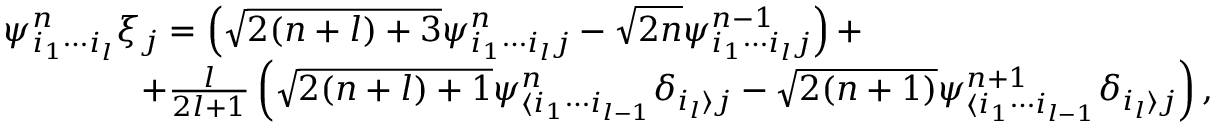
\begin{array} { r l } & { \psi _ { i _ { 1 } \cdots i _ { l } } ^ { n } \xi _ { j } = \left( \sqrt { 2 ( n + l ) + 3 } \psi _ { i _ { 1 } \cdots i _ { l } j } ^ { n } - \sqrt { 2 n } \psi _ { i _ { 1 } \cdots i _ { l } j } ^ { n - 1 } \right) + } \\ & { \qquad \qquad + \frac { l } { 2 l + 1 } \left( \sqrt { 2 ( n + l ) + 1 } \psi _ { \langle i _ { 1 } \cdots i _ { l - 1 } } ^ { n } \delta _ { i _ { l } \rangle j } - \sqrt { 2 ( n + 1 ) } \psi _ { \langle i _ { 1 } \cdots i _ { l - 1 } } ^ { n + 1 } \delta _ { i _ { l } \rangle j } \right) , } \end{array}